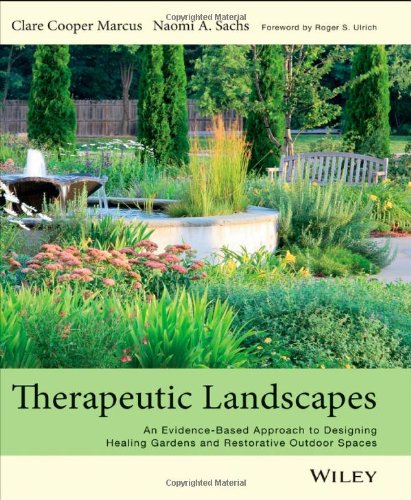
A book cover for Therapeutic Landscapes: An Evidence-Based Approach to Designing Healing Gardens and Restorative Outdoor Spaces; Clare Cooper Marcus; Arts & Photography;